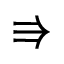
\Rrightarrow